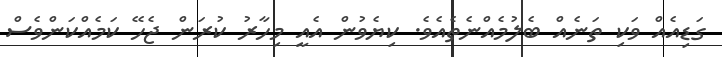
ގަޑިއެއް ވަކި ތަނެއް ބެލުމެއްނެތެއެވެ. ކިޔެވުން އެއީ މިހާރު ކުރަން ޖެހޭ ކަމެއްކަންވެސް